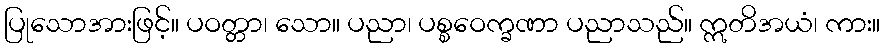
ပြုသောအားဖြင့်။ ပဝတ္တာ၊ သော။ ပညာ၊ ပစ္စဝေက္ခဏာ ပညာသည်။ ဣတိအယံ၊ ကား။